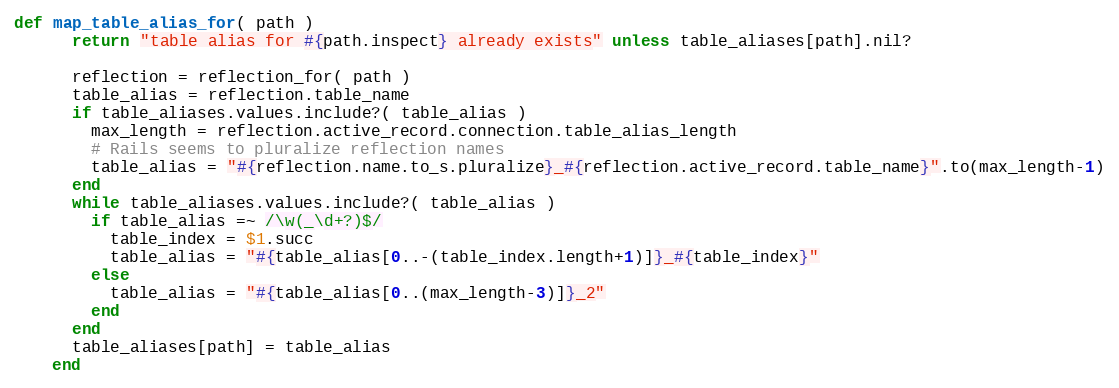
Language: Ruby
def map_table_alias_for( path )
      return "table alias for #{path.inspect} already exists" unless table_aliases[path].nil?

      reflection = reflection_for( path )
      table_alias = reflection.table_name
      if table_aliases.values.include?( table_alias )
        max_length = reflection.active_record.connection.table_alias_length
        # Rails seems to pluralize reflection names
        table_alias = "#{reflection.name.to_s.pluralize}_#{reflection.active_record.table_name}".to(max_length-1)
      end
      while table_aliases.values.include?( table_alias )
        if table_alias =~ /\w(_\d+?)$/
          table_index = $1.succ
          table_alias = "#{table_alias[0..-(table_index.length+1)]}_#{table_index}"
        else
          table_alias = "#{table_alias[0..(max_length-3)]}_2"
        end
      end
      table_aliases[path] = table_alias
    end